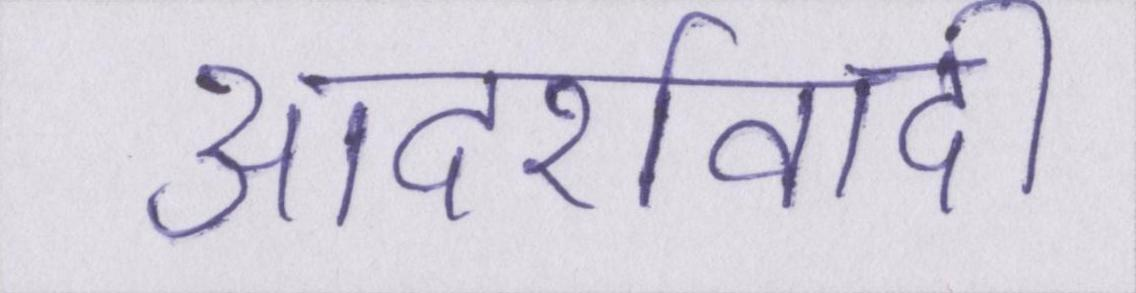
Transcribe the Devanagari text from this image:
आदर्शवादी